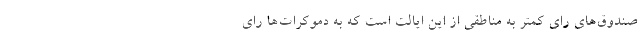
صندوق‌های رای کمتر به مناطقی از این ایالت است که به دموکرات‌ها رای